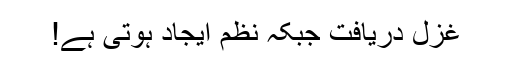
غزل دریافت جبکہ نظم ایجاد ہوتی ہے!